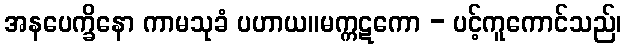
အနပေက္ခိနော ကာမသုခံ ပဟာယ။မက္ကဋကော - ပင့်ကူကောင်သည်၊